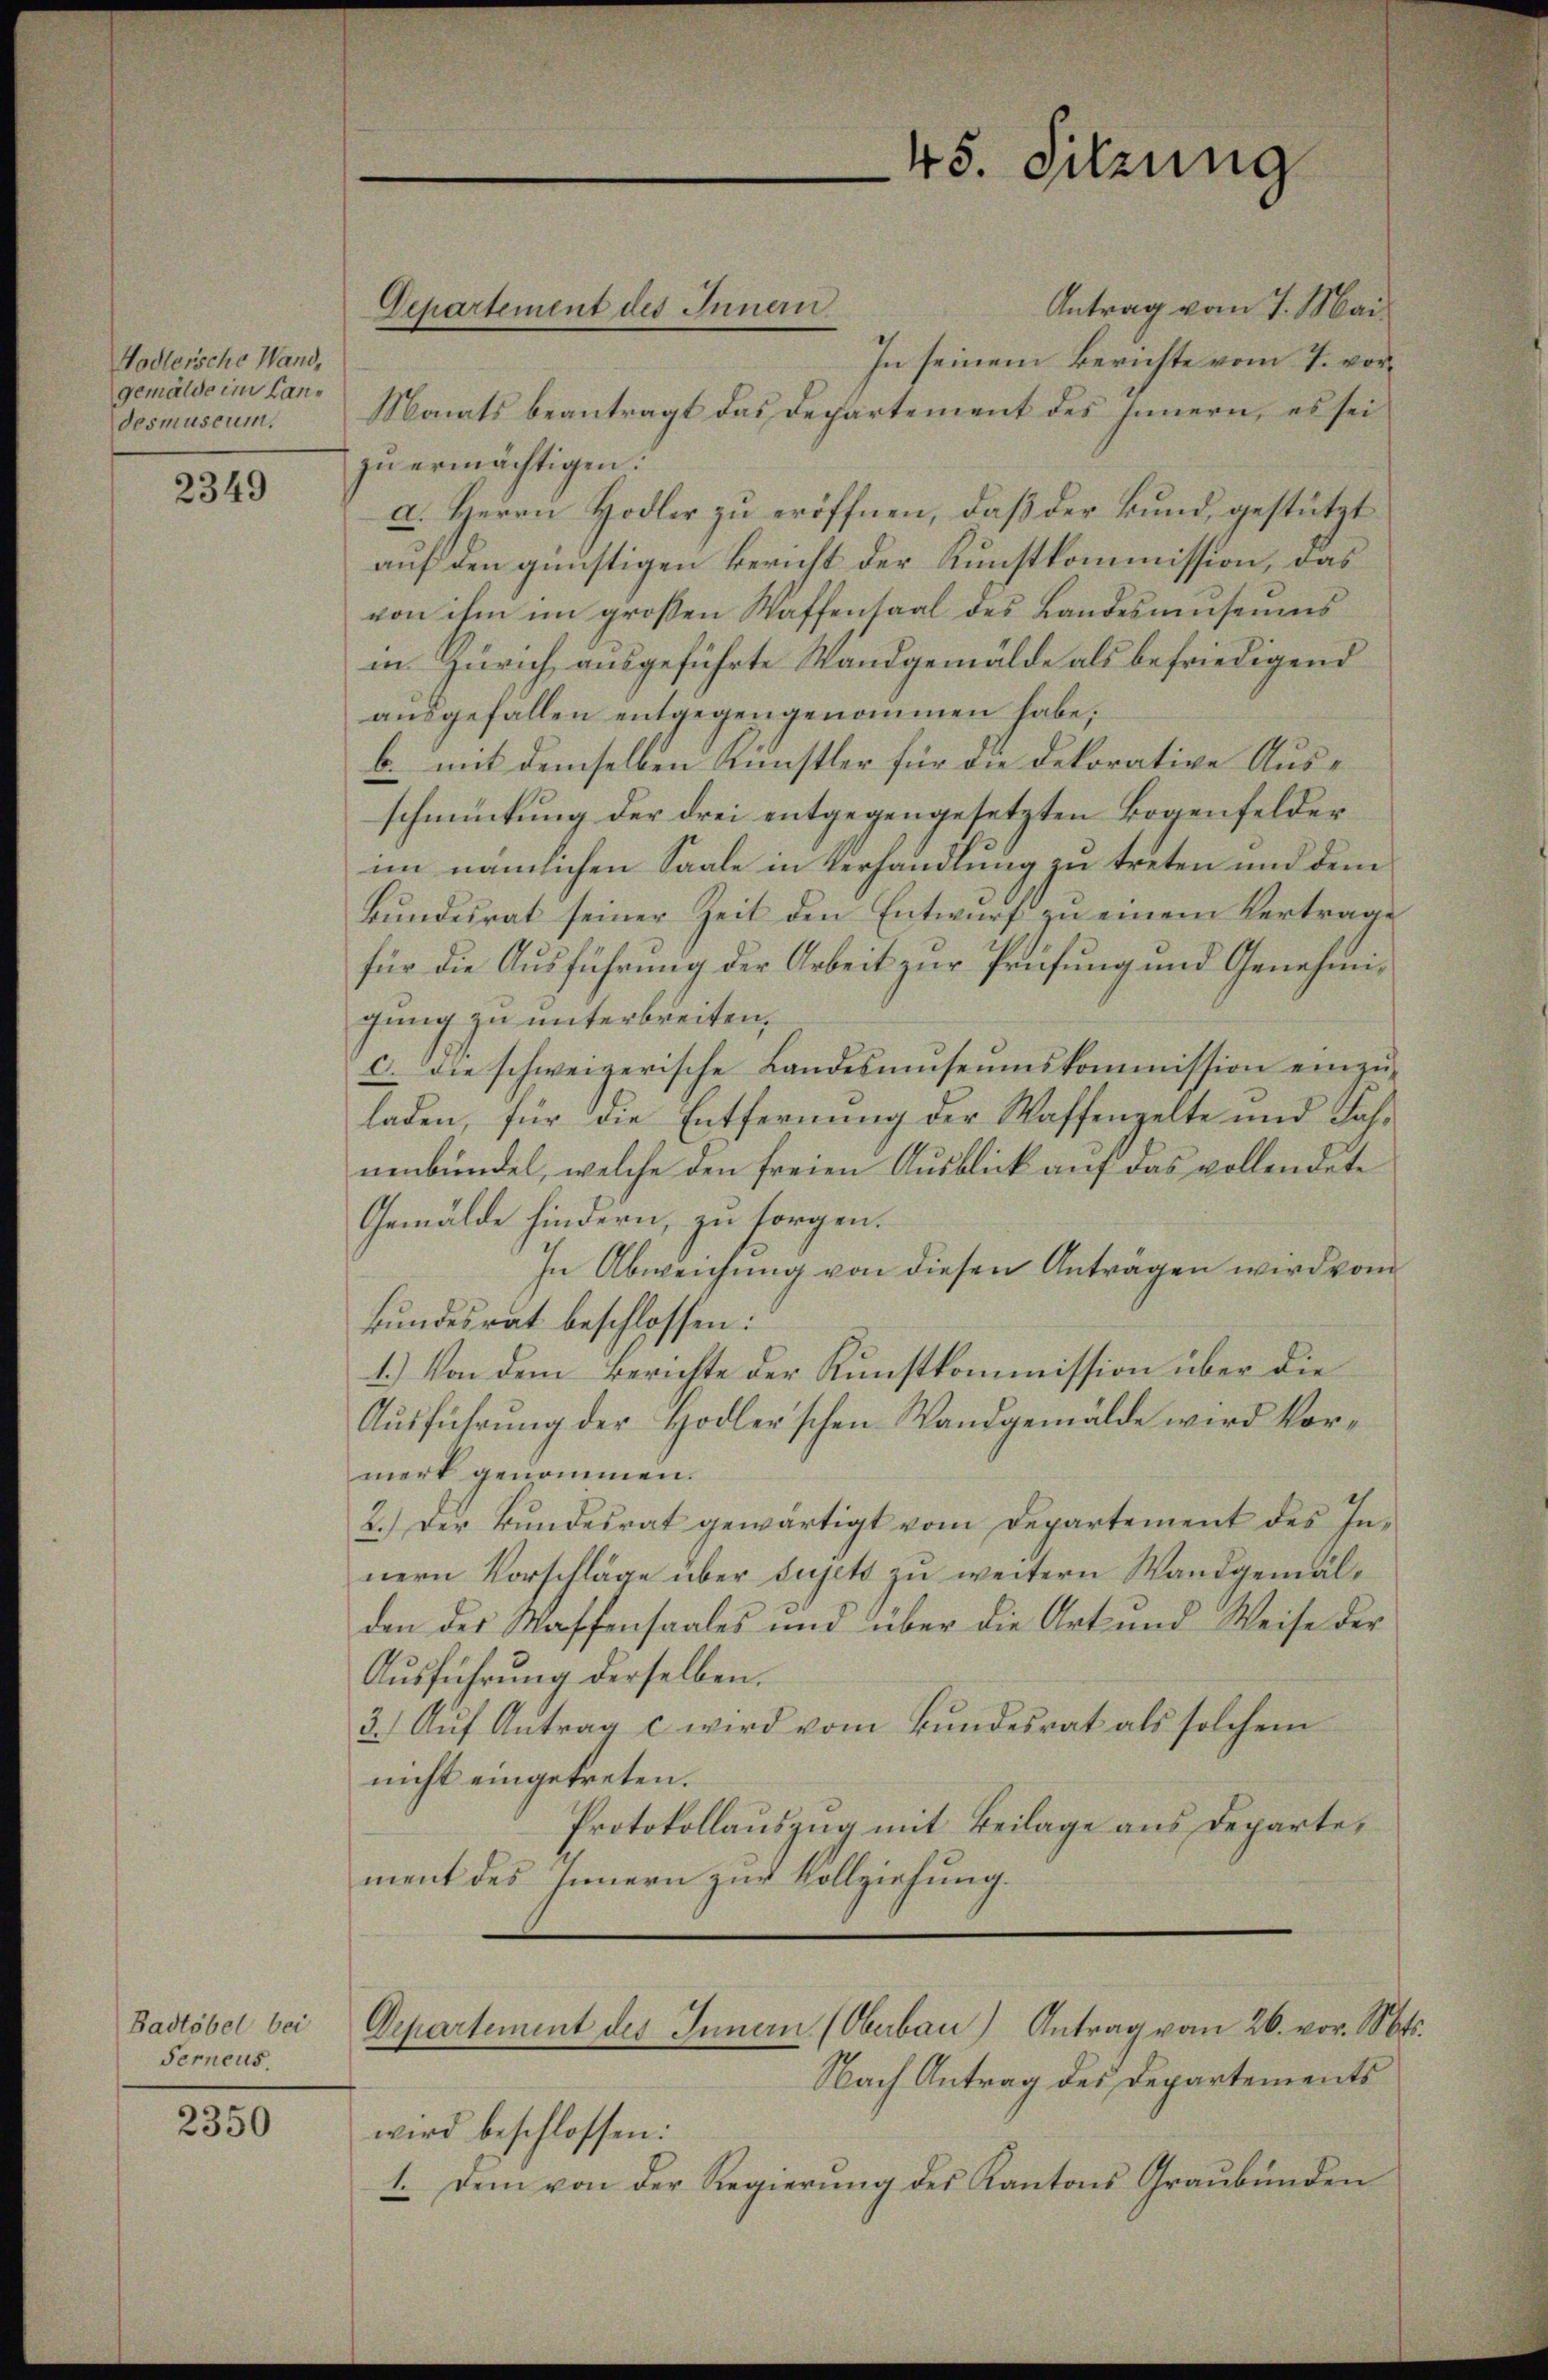
Hodlersche Wand,
gemälde im Landesmuseum.

2349

Badtöbel bei
Ferneus.

2350

Antrag vom 7. Mai
In seinem Berichte vom 7. vor¬
Monats beantragt das Departement des Innern, es sei
zu ermächtigen.
a. Herrn Hodler zu eröffnen, daß der Bund, gestützt
auf den günstigen Bericht der Kunstkommission, das
von ihm im großen Waffensaal des Landesmuseums
in Zürich ausgeführte Sandgemälde als befriedigend
ausgefallen entgegengenommen habe;
b. mit demselben Künstler für die Dekorative Ausschmückung der drei entgegengesetzten Bogenfelderim nämlichen Saale in Verhandlung zu treten und dem
Bŭndesrat seiner Zeit den Entwŭrf zŭ einem Vertrage
für die Ausführung der Arbeit zur Prüfung und Genehmigung zu unterbreiten,
c. die schweizerische Landesmuseumskommission einzuladen, für die Entfernung der Waffengelte und Jahnenbündet, welche den freien Ausblick auf das vollendete
Gemälde hindern, zu sorgen.
In Abweichung von diesen Anträgen wird vom
kundesrat beschlossen:
1.) Von dem Berichte der Kunstkommission über die
Aŭsführŭng der Hodler'schen Wandgemälde wird Vormerk genommen.
2.) Der Bŭndesrat gewärtigt vom Departement des In-
nern Vorschläge über sujets zu weitern Wandgemälden des Waffensaales und über die Art und Weise der
Aŭsführŭng derselben.
3. Aŭf Antrag c wird vom Bŭndesrat als solchem
nicht eingetreten.
Protokollauszug mit Beilage aus Departement des Innern zur Vollziehung.

Departement des Innern

45. Sitzung

Departement des Innern (Oberbau) Antrag vom 26. vor. Mts.

Nach Antrag des Departements
wird beschlossen:
1. Dem von der Regierŭng des Kantons Graubünden